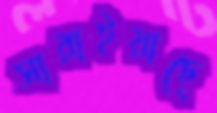
সারাইয়াছে